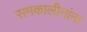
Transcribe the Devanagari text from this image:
समकालीनांना